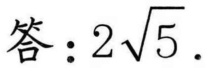
答：\(2\sqrt{5}\).